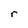
Character: r